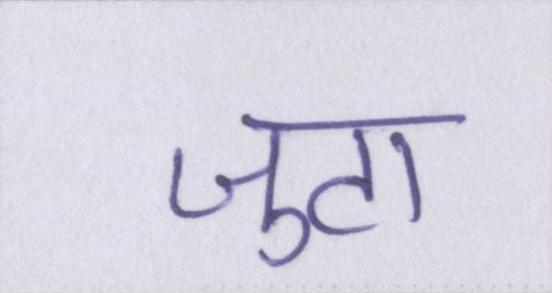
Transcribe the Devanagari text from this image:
जुटा